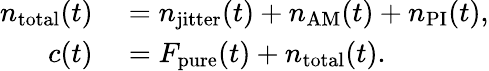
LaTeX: \begin{array}{rl}{n_{\mathrm{total}}(t)}&{{}=n_{\mathrm{jitter}}(t)+n_{\mathrm{AM}}(t)+n_{\mathrm{PI}}(t),}\\ {c(t)}&{{}=F_{\mathrm{pure}}(t)+n_{\mathrm{total}}(t).}\end{array}